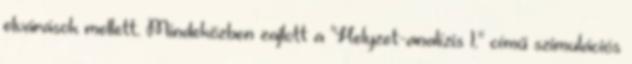
elvárások mellett. Mindeközben zajlott a "Helyzet-analízis 1." című szimulációs